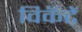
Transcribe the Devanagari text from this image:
विकॅटें